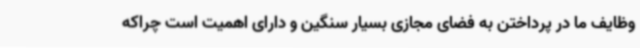
وظایف ما در پرداختن به فضای مجازی بسیار سنگین و دارای اهمیت است چراکه